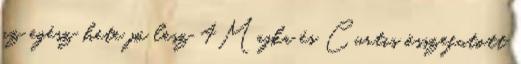
az egész hete jó lesz 4Majka és Curtis összefutott